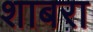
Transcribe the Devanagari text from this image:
शाबरा